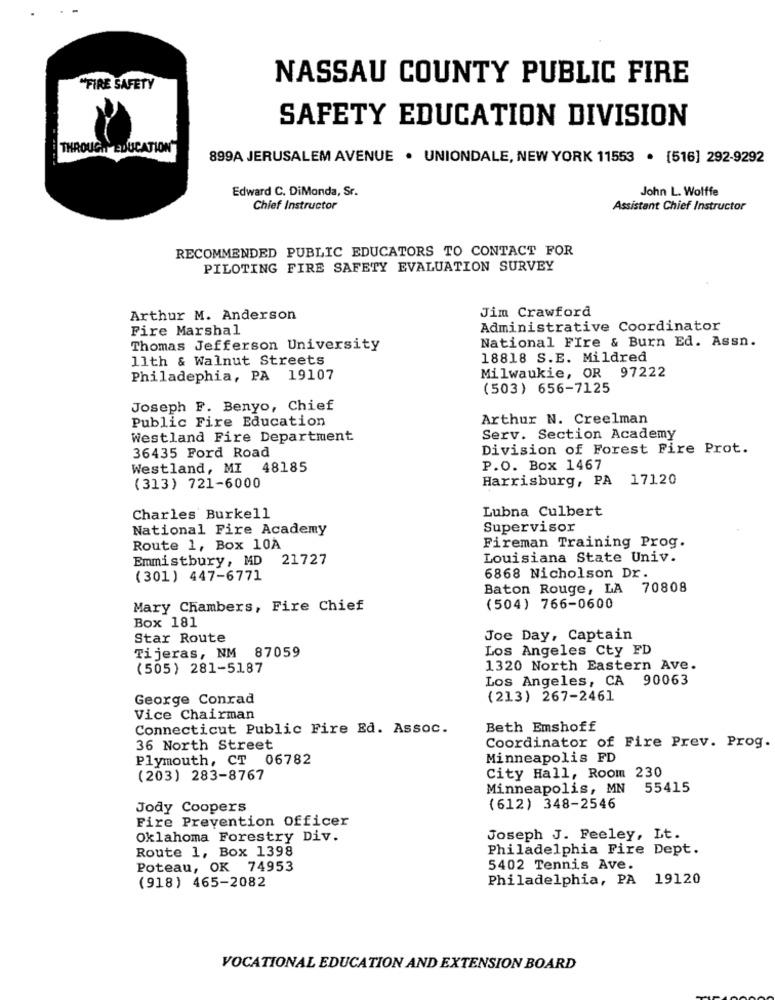
NASSAU COUNTY PUBLIC FIRE
"FIRE SAFETY
SAFETY EDUCATION DIVISION
THROUGH
EDUCATION
-----
899A JERUSALEM AVENUE · UNIONDALE, NEW YORK 11553 · [516] 292-9292
Edward C. DiMonda, Sr.
John L. Wolffe
Chief Instructor
Assistant Chief Instructor
RECOMMENDED PUBLIC EDUCATORS TO CONTACT FOR
PILOTING FIRE SAFETY EVALUATION SURVEY
Jim Crawford
Arthur M. Anderson
Fire Marshal
Administrative Coordinator
National Fire & Burn Ed. Assn.
Thomas Jefferson University
11th & Walnut Streets
18818 S.E. Mildred
Philadephia, PA 19107
Milwaukie, OR 97222
(503) 656-7125
Joseph F. Benyo, Chief
Public Fire Education
Arthur N. Creelman
Westland Fire Department
Serv. Section Academy
36435 Ford Road
Division of Forest Fire Prot.
Westland, MI 48185
P.O. Box 1467
Harrisburg, PA 17120
(313) 721-6000
Lubna Culbert
Charles Burkell
National Fire Academy
Supervisor
Route 1, Box 10A
Fireman Training Prog.
Emmistbury, MD 21727
Louisiana State Univ.
(301 ) 447-6771
6868 Nicholson Dr.
Baton Rouge, LA 70808
Mary Chambers, Fire Chief
(504) 766-0600
Box 181
Star Route
Joe Day, Captain
Los Angeles Cty FD
Tijeras, NM 87059
(505) 281-5187
1320 North Eastern Ave.
Los Angeles, CA 90063
George Conrad
(213) 267-2461
Vice Chairman
Connecticut Public Fire Ed. Assoc.
Beth Emshoff
36 North Street
Coordinator of Fire Prev. Prog.
Plymouth, CT 06782
Minneapolis FD
(203) 283-8767
City Hall, Room 230
Minneapolis, MN
55415
Jody Coopers
(612) 348-2546
Fire Prevention Officer
Oklahoma Forestry Div.
Joseph J. Feeley, Lt.
Route 1, Box 1398
Philadelphia Fire Dept.
Poteau, OK 74953
5402 Tennis Ave.
Philadelphia, PA
19120
(918) 465-2082
VOCATIONAL EDUCATION AND EXTENSION BOARD